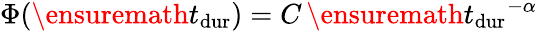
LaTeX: \Phi(\ensuremath{t_{\mathrm{dur}}})=C\, \ensuremath{t_{\mathrm{dur}}}^{-\alpha}